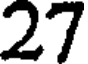
27